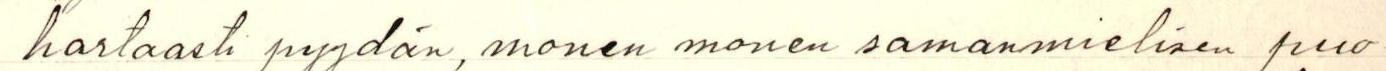
hartaasti pyydän, monen monen samanmielisen puo-